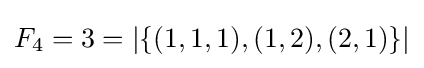
F_{4}=3=|\{(1,1,1),(1,2),(2,1)\}|